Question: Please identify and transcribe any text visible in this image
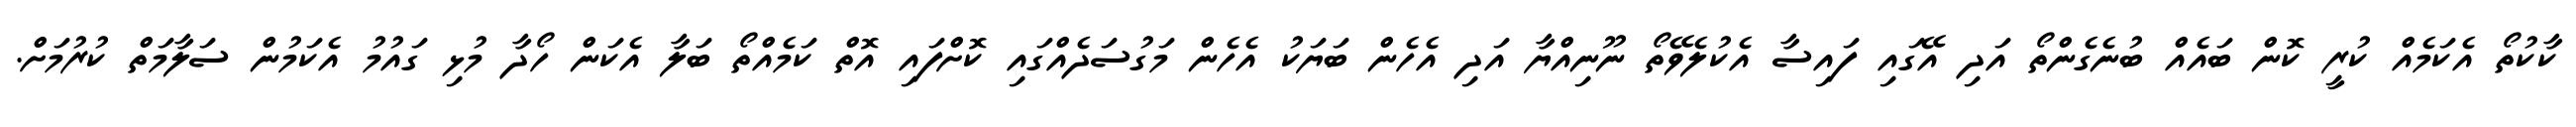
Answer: ކާކުތޯ އެކަމެއް ކުރީ ކޮން ބައެއް ބުނެގެންތޯ އަދި އޭގައި ފައިސާ އެކުލެވޭތޯ ނޫނިއްޔާ އަދި އެހެން ބަޔަކު އެހެން މަގުސަދެއްގައި ކޮށްފައި އޮތް ކަމެއްތޯ ބަލާ އެކަން ހޯދާ މުޅި ގައުމު އެކަމުން ސަލާމަތް ކުރުމަށް.